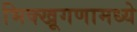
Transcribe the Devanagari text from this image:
भिक्खूगणामध्ये